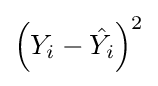
{\textstyle \left(Y_{i}-{\hat {Y_{i}}}\right)^{2}}